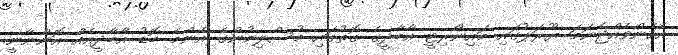
އެހެންވެއްޖެނަމަ ޔޫރަޕުގައި މައިނޯރިޓީ އާބާދީގެ ގޮތުގައި މުސްލިމުންގެ އެންމެ ބޮޑު އާބާދީއެއް އޮންނާނީ